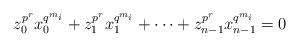
LaTeX: \begin{align*}z_0^{p^r}x_0^{q^{m_i}}+z_1^{p^r}x_1^{q^{m_i}}+\cdots+z_{n-1}^{p^r}x_{n-1}^{q^{m_i}}=0\end{align*}